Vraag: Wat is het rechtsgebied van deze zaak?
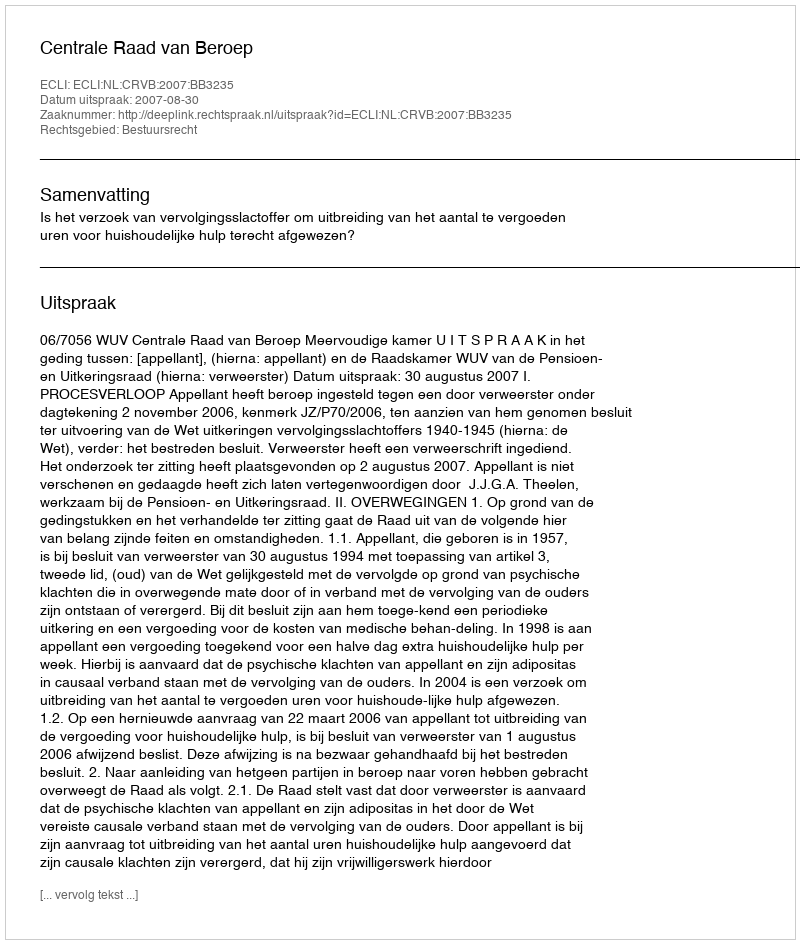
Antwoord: Bestuursrecht